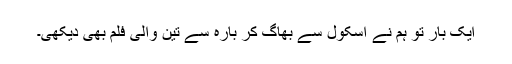
ایک بار تو ہم نے اسکول سے بھاگ کر بارہ سے تین والی فلم بھی دیکھی۔